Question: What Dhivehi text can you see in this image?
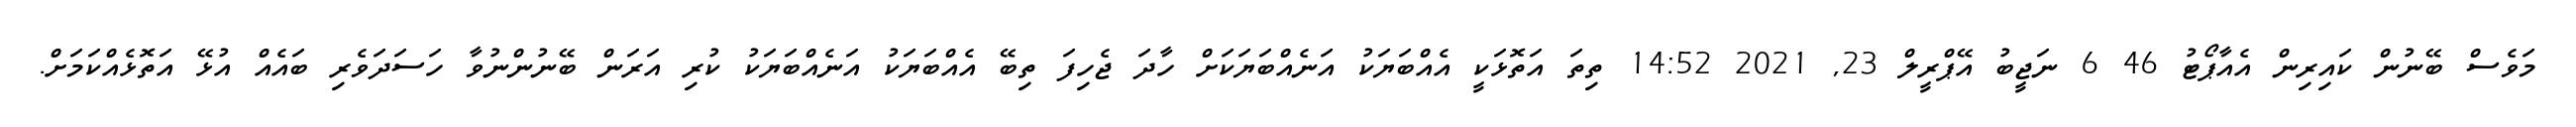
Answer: މަވެސް ބޭނުން ކައިރިން އެއާޕޯޓު 46 6 ނަޖީބު އޭޕްރީލް 23, 2021 14:52 ތިތަ އަތޮޅަކީ އެއްބަޔަކު އަނެއްބަޔަކަށް ހާދަ ޖެހިފަ ތިބޭ އެއްބަޔަކު އަނެއްބަޔަކު ކުރި އަރަން ބޭނުންނުވާ ހަސަދަވެރި ބައެއް އުޅޭ އަތޮޅެއްކަމަށް.